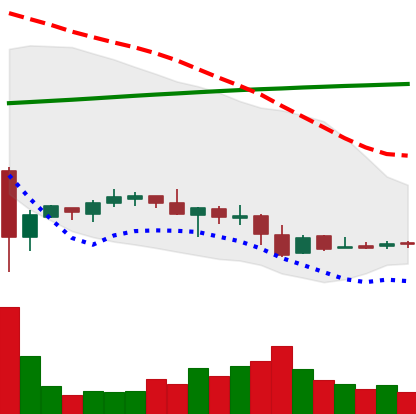
Ticker: LTC-USD
Chart end date: 2016-08-21
Forward return: 5.845%
Label: up_5_7